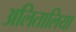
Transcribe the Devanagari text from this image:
अलितालिया